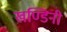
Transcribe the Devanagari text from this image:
खण्डिनी